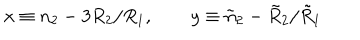
x \equiv n _ { 2 } - 3 R _ { 2 } / R _ { 1 } , \qquad y \equiv \tilde { n } _ { 2 } - \tilde { R } _ { 2 } / \tilde { R } _ { 1 }